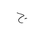
Letter: _gim